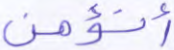
أنؤمن